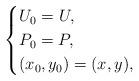
LaTeX: \begin{align*}\begin{cases}U_0 = U,\\P_0 = P,\\(x_0,y_0) = (x,y),\end{cases}\end{align*}